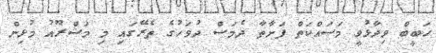
ހަބީބް ވިދާޅުވީ މަސައްކަތް ފަށާތާ ދެމަސް ދުވަހުގެ ތެރޭގައި މި މަޝްރޫއު މުޅިން